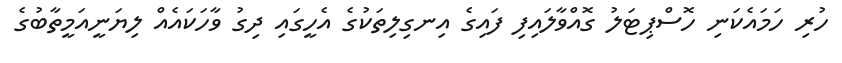
ހުރި ހަމައެކަނި ހޮސްޕިޓަލު ގޮއްވާލައިފި ފައިގެ އިނގިލިތަކުގެ އެހީގައި ދިގު ވާހަކައެއް ލިޔަނީއަމީތާބުގެ